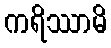
ကရိဿာမိ